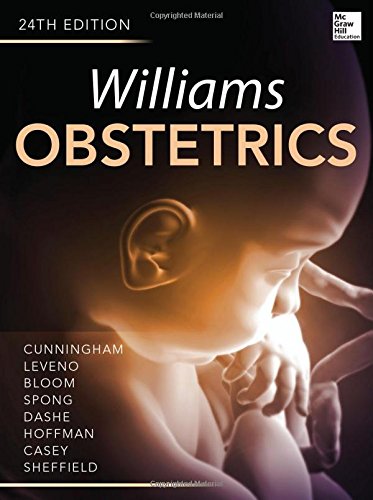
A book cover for Williams Obstetrics 24/E; F. Cunningham; Parenting & Relationships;